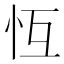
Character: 𢗝